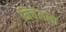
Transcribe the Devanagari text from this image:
मिचेलला